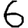
Digit: 6